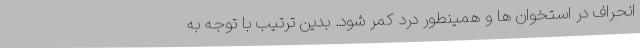
انحراف در استخوان ها و همینطور درد کمر شود. بدین ترتیب با توجه به